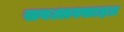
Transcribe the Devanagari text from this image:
सबआक्साइड